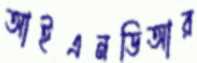
আইএনডিআর